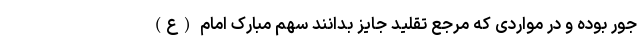
جور بوده و در مواردی که مرجع تقلید جایز بدانند سهم مبارک امام (ع)